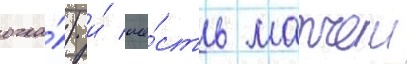
очка́) и́ ше́сть матчеи